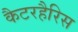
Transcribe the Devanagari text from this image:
कैटरहैरिस